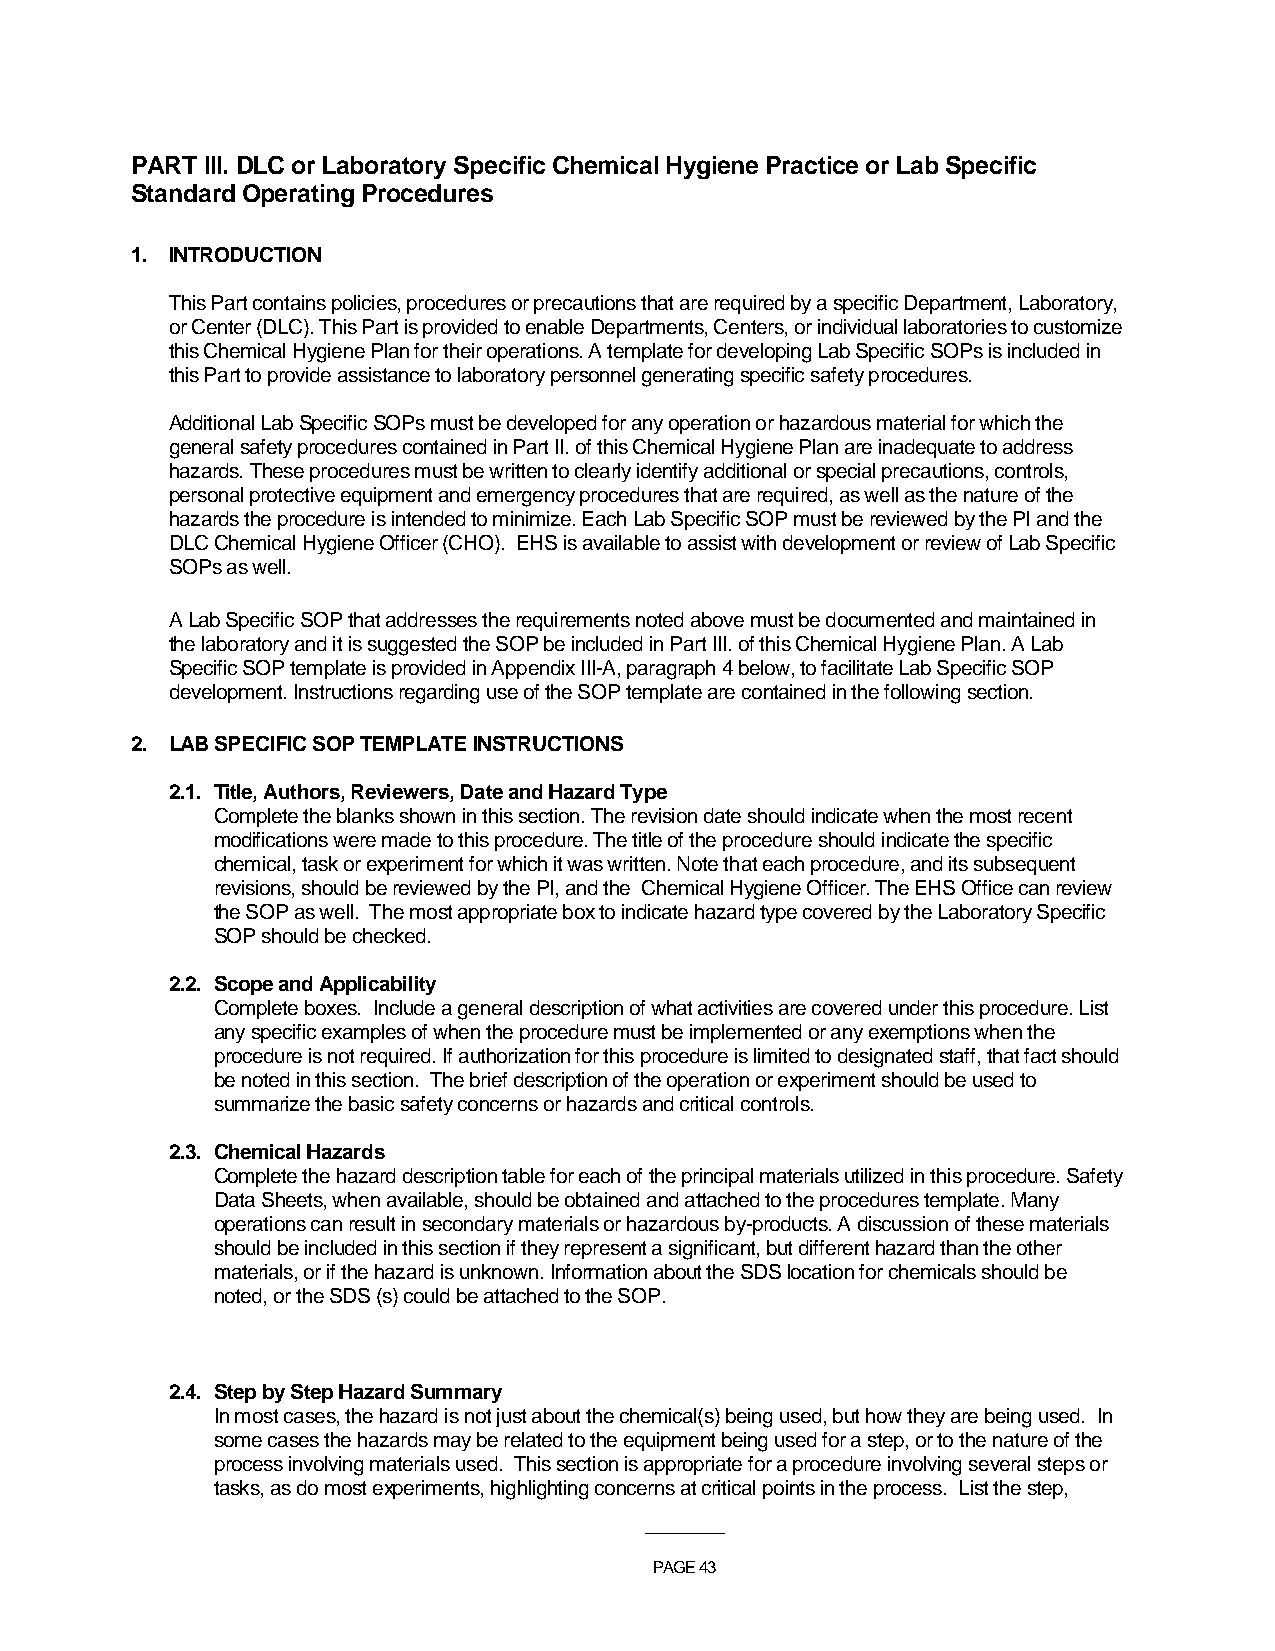
PART III. DLC or Laboratory Specific Chemical Hygiene Practice or Lab Specific
 Standard Operating Procedures
 1. INTRODUCTION
 This Part contains policies, procedures or precautions that are required by a specific Department, Laboratory,
 or Center (DLC). This Part is provided to enable Departments, Centers, or individual laboratories to customize
 this Chemical Hygiene Plan for their operations. A template for developing Lab Specific SOPs is included in
 this Part to provide assistance to laboratory personnel generating specific safety procedures.
 Additional Lab Specific SOPs must be developed for any operation or hazardous material for which the
 general safety procedures contained in Part II. of this Chemical Hygiene Plan are inadequate to address
 hazards. These procedures must be written to clearly identify additional or special precautions, controls,
 personal protective equipment and emergency procedures that are required, as well as the nature of the
 hazards the procedure is intended to minimize. Each Lab Specific SOP must be reviewed by the PI and the
 DLC Chemical Hygiene Officer (CHO). EHS is available to assist with development or review of Lab Specific
 SOPs as well.
 A Lab Specific SOP that addresses the requirements noted above must be documented and maintained in
 the laboratory and it is suggested the SOP be included in Part III. of this Chemical Hygiene Plan. A Lab
 Specific SOP template is provided in Appendix III-A, paragraph 4 below, to facilitate Lab Specific SOP
 development. Instructions regarding use of the SOP template are contained in the following section.
 2. LAB SPECIFIC SOP TEMPLATE INSTRUCTIONS
 2.1. Title, Authors, Reviewers, Date and Hazard Type
 Complete the blanks shown in this section. The revision date should indicate when the most recent
 modifications were made to this procedure. The title of the procedure should indicate the specific
 chemical, task or experiment for which it was written. Note that each procedure, and its subsequent
 revisions, should be reviewed by the PI, and the Chemical Hygiene Officer. The EHS Office can review
 the SOP as well. The most appropriate box to indicate hazard type covered by the Laboratory Specific
 SOP should be checked.
 2.2. Scope and Applicability
 Complete boxes. Include a general description of what activities are covered under this procedure. List
 any specific examples of when the procedure must be implemented or any exemptions when the
 procedure is not required. If authorization for this procedure is limited to designated staff, that fact should
 be noted in this section. The brief description of the operation or experiment should be used to
 summarize the basic safety concerns or hazards and critical controls.
 2.3. Chemical Hazards
 Complete the hazard description table for each of the principal materials utilized in this procedure. Safety
 Data Sheets, when available, should be obtained and attached to the procedures template. Many
 operations can result in secondary materials or hazardous by-products. A discussion of these materials
 should be included in this section if they represent a significant, but different hazard than the other
 materials, or if the hazard is unknown. Information about the SDS location for chemicals should be
 noted, or the SDS (s) could be attached to the SOP.
 2.4. Step by Step Hazard Summary
 In most cases, the hazard is not just about the chemical(s) being used, but how they are being used. In
 some cases the hazards may be related to the equipment being used for a step, or to the nature of the
 process involving materials used. This section is appropriate for a procedure involving several steps or
 tasks, as do most experiments, highlighting concerns at critical points in the process. List the step,
 ___________
 PAGE 43